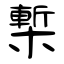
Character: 槧